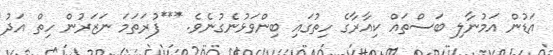
އަޑުން އަމުނާލި ބަސްތައް ކިއާރާގެ ހިތުގައި ބިންވަޅުނެގުނެވެ. ***ފުރަތަަމަ ނަޒަރުން ހިތް އަދު